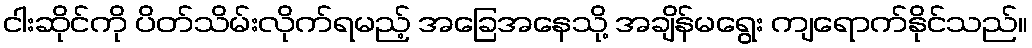
ငါးဆိုင်ကို ပိတ်သိမ်းလိုက်ရမည့် အခြေအနေသို့ အချိန်မရွေး ကျရောက်နိုင်သည်။